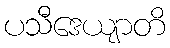
ပသီဒေယျာတိ